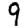
Digit: 9